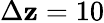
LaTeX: \Delta\mathbf{z}=10